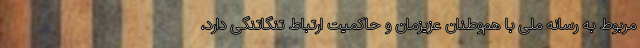
مربوط به رسانه ملی با هم‌وطنان عزیزمان و حاکمیت ارتباط تنگاتنگی دارد،